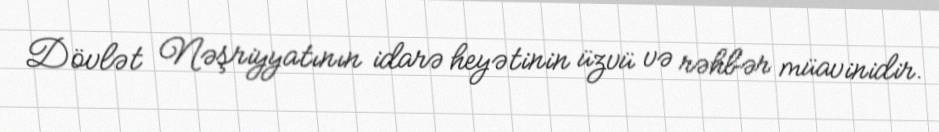
Dövlət Nəşriyyatının idarə heyətinin üzvü və rəhbər müavinidir.